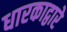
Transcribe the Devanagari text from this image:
धारकाद्वारे